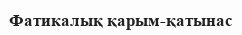
Фатикалық қарым-қатынас